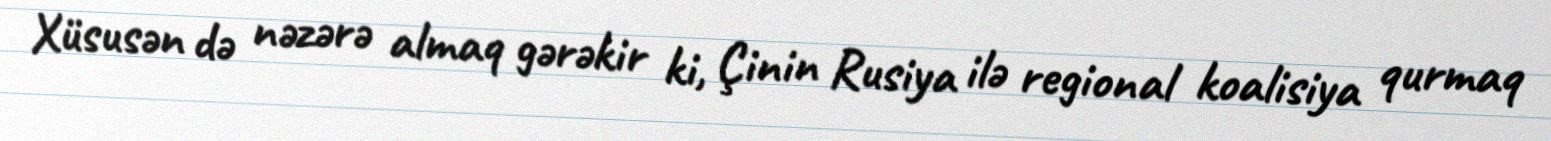
Xüsusən də nəzərə almaq gərəkir ki, Çinin Rusiya ilə regional koalisiya qurmaq